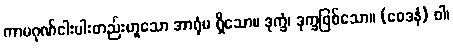
ကာမဂုဏ်ငါးပါးတည်းဟူသော အာရုံမ ရှိသော။ ဒုက္ခံ၊ ဒုက္ခဖြစ်သော။ (ဝေဒနံ) ဝါ၊